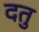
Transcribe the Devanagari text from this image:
दतु